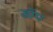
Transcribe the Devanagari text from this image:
डॉप